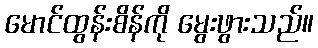
မောင်ထွန်းစိန်ကို မွေးဖွားသည်။